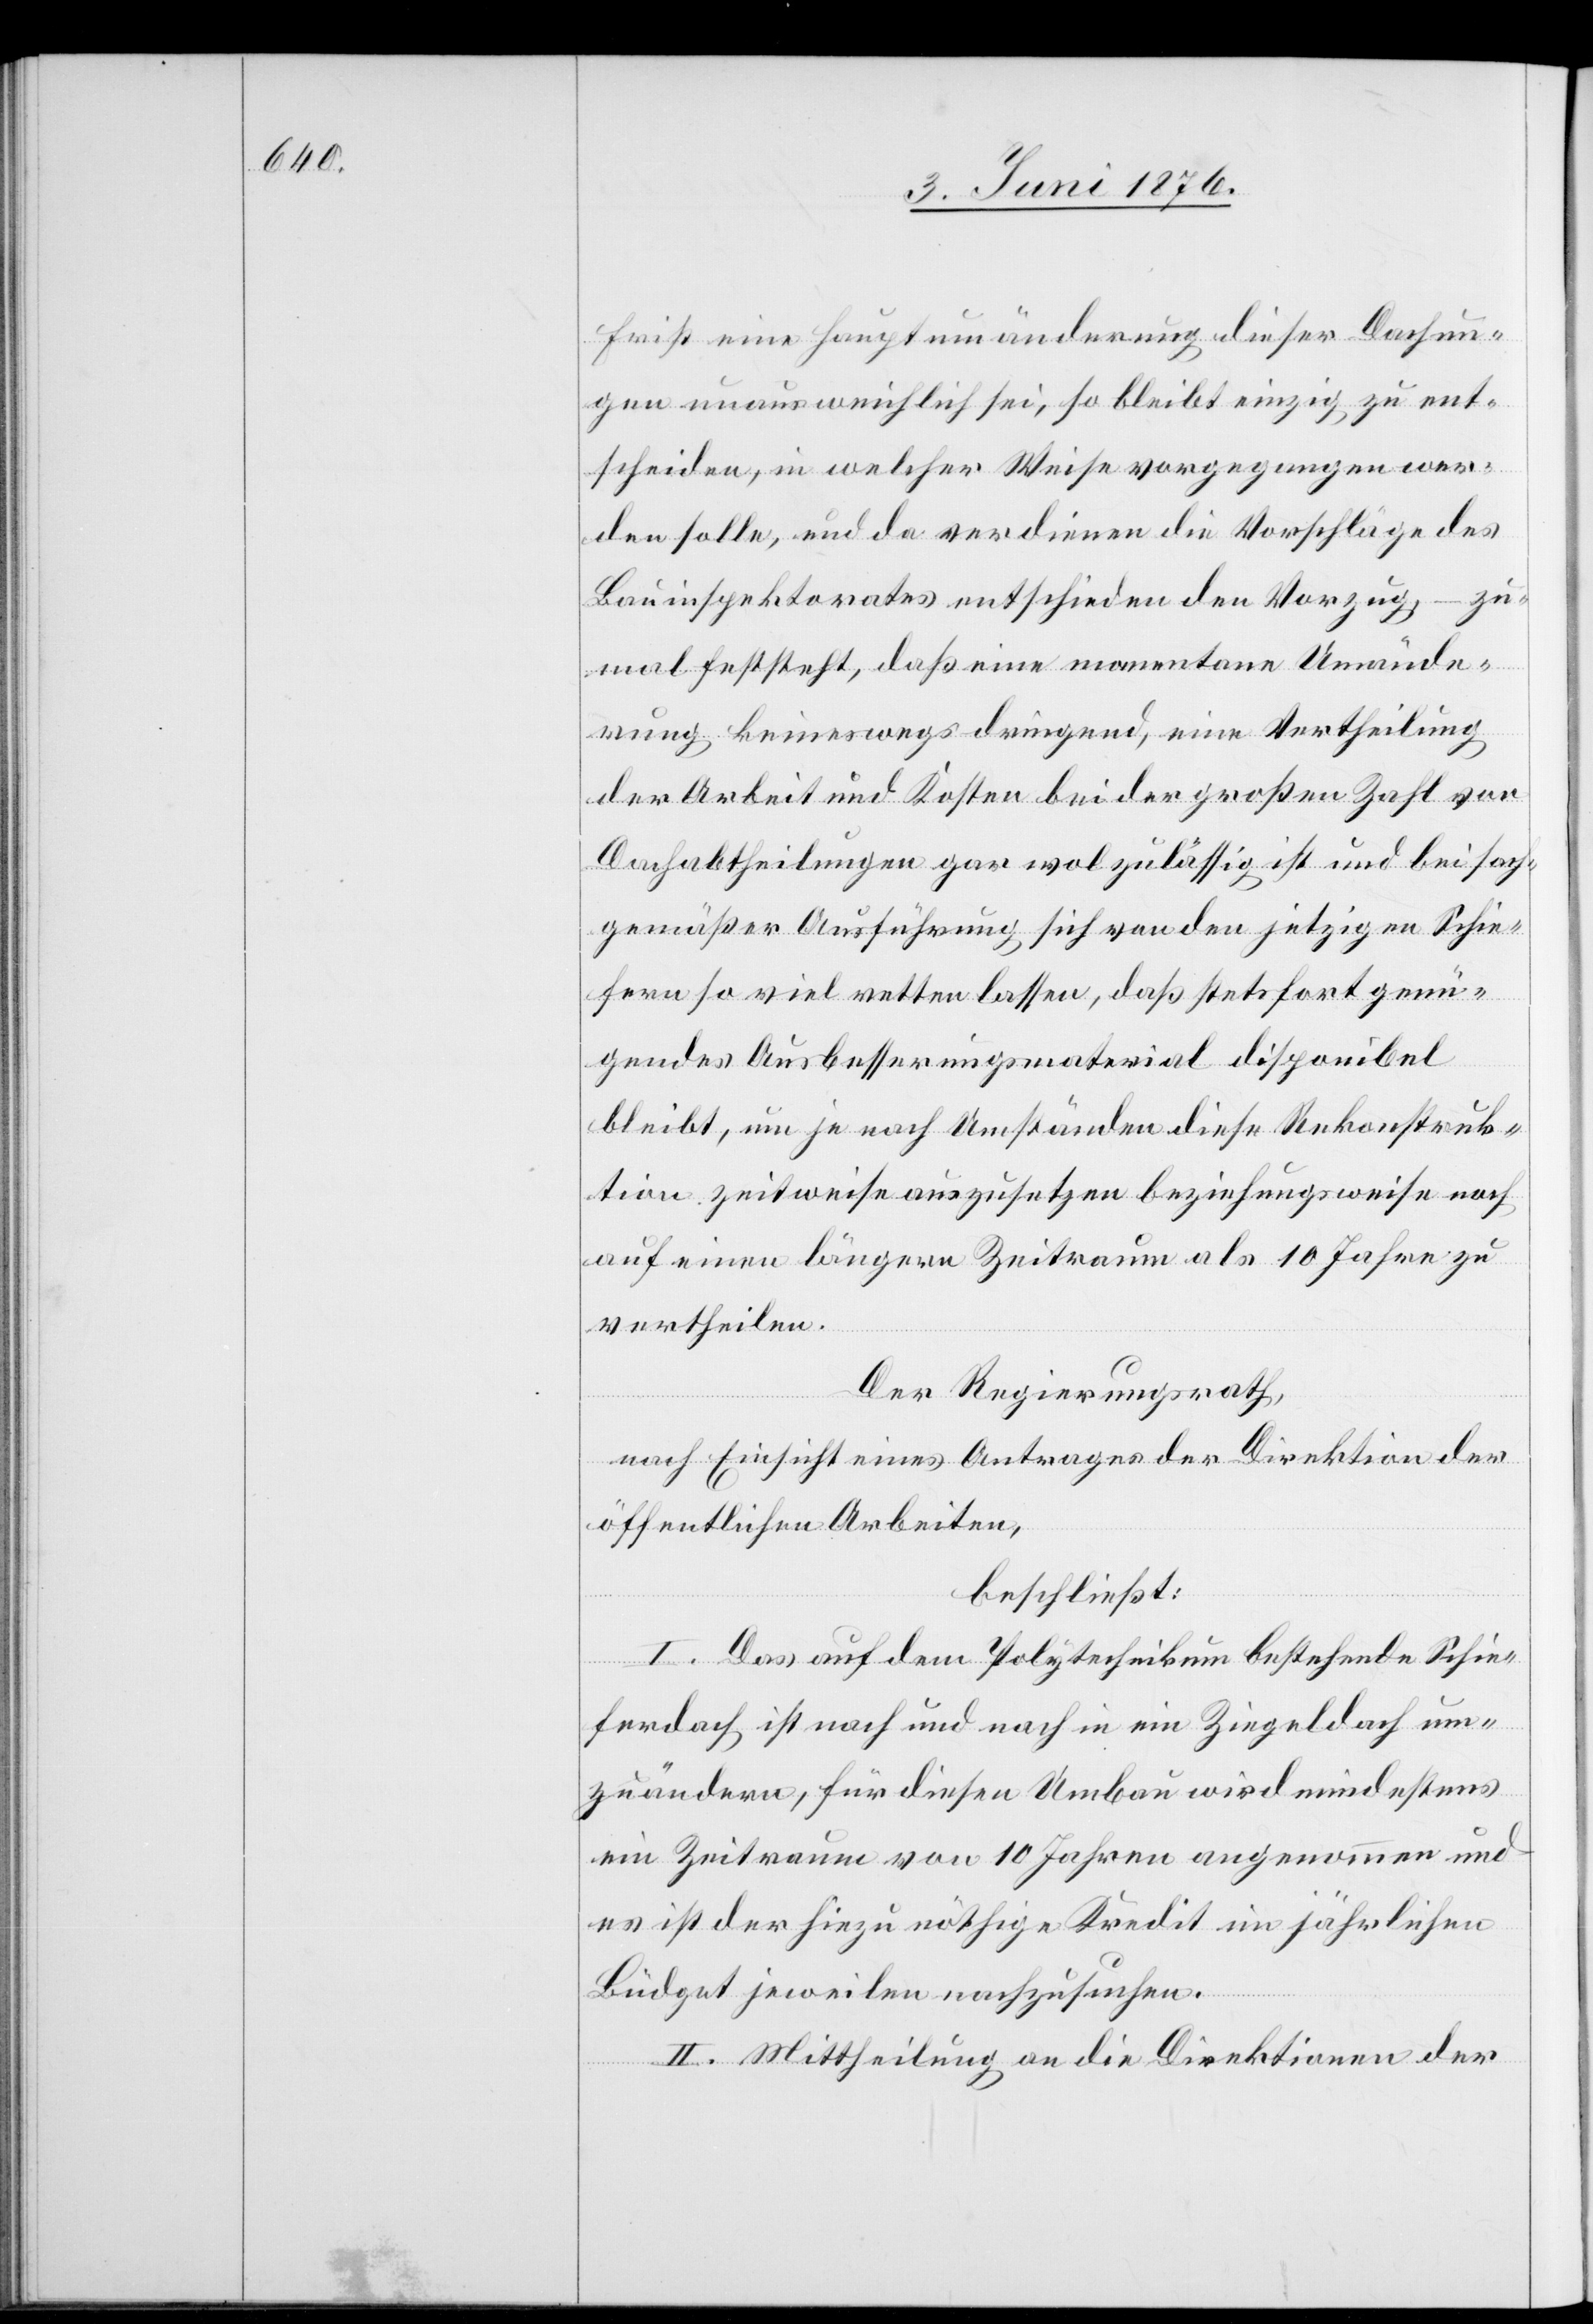
Frist eine Hauptumänderung dieser Dachun¬
gen unausweichlich sei, so bleibt einzig zu ent¬
scheiden, in welcher Weise vorgegangen wer¬
den solle, und da verdienen die Vorschläge des
Bauinspektorates entschieden den Vorzug – zu¬
mal feststeht, daß eine momentane Umände¬
rung keineswegs dringend, eine Vertheilung
der Arbeit und Kosten bei der großen Zahl von
Dachabtheilungen gar wol zulässig ist und bei sach¬
gemäßer Ausführung sich von den jetzigen Schie¬
fern so viel retten lassen, daß stetsfort genü¬
gendes Ausbesserungsmaterial disponibel
bleibt, um je nach Umständen diese Rekonstruk¬
tion zeitweise auszusetzen beziehungsweise noch
auf einen längeren Zeitraum als 10 Jahre zu
vertheilen.
Der Regierungsrath,
nach Einsicht eines Antrages der Direktion der
öffentlichen Arbeiten,
beschließt:
I. Das auf dem Polytechnikum bestehende Schie¬
ferdach ist nach und nach in ein Ziegeldach um¬
zuändern, für diesen Umbau wird erstens
ein Zeitraum von 10 Jahren angenommen und
es ist der hiezu nöthige Kredit im jährlichen
Büdget jeweilen nachzusuchen.
II. Mittheilung an die Direktionen der